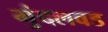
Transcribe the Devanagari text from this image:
मुंदलवड